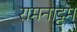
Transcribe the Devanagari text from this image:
रामनाट्ट्म